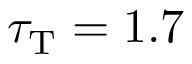
\tau _ { \mathrm { T } } = 1 . 7